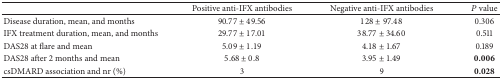
|  | Positive anti-IFX antibodies | Negative anti-IFX antibodies | P value |
 | --- | --- | --- | --- |
 | Disease duration, mean, and months | 90.77 ± 49.56 | 128 ± 97.48 | 0.306 |
 | IFX treatment duration, mean, and months | 29.77 ± 17.01 | 38.77 ± 34.60 | 0.511 |
 | DAS28 at flare and mean | 5.09 ± 1.19 | 4.18 ± 1.67 | 0.189 |
 | DAS28 after 2 months and mean | 5.68 ± 0.8 | 3.95 ± 1.49 | 0.006 |
 | csDMARD association and nr (%) | 3 | 9 | 0.028 |